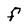
Character: F